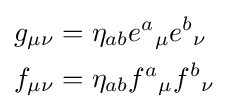
{\begin{aligned}g_{\mu \nu }&=\eta _{ab}e^{a}{}_{\mu }e^{b}{}_{\nu }\\f_{\mu \nu }&=\eta _{ab}f^{a}{}_{\mu }f^{b}{}_{\nu }\end{aligned}}